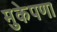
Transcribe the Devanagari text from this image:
मुकेपणा